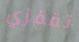
تقفزي